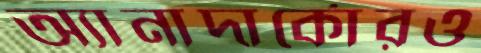
অ্যানাদার্কোরও